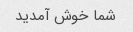
شما خوش آمدید